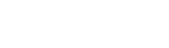
ကာလမထေရ်ဝတ္ထု